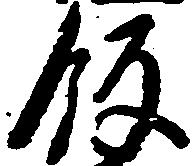
飯